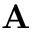
{ \bf A }